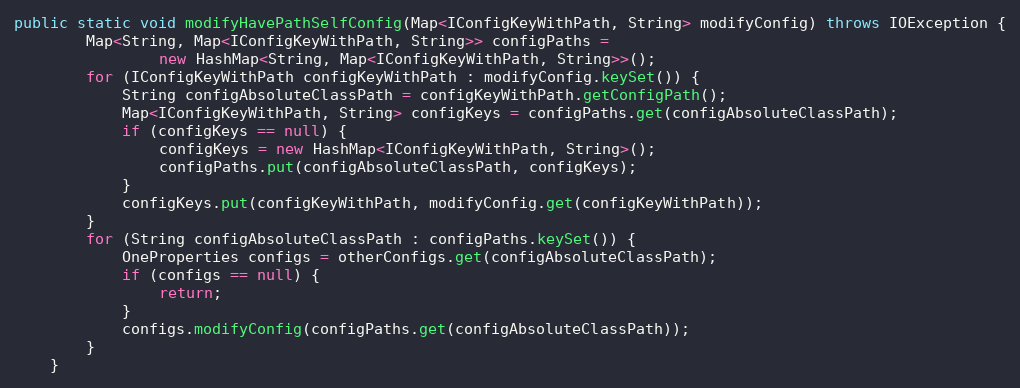
Language: Java
public static void modifyHavePathSelfConfig(Map<IConfigKeyWithPath, String> modifyConfig) throws IOException {
        Map<String, Map<IConfigKeyWithPath, String>> configPaths =
                new HashMap<String, Map<IConfigKeyWithPath, String>>();
        for (IConfigKeyWithPath configKeyWithPath : modifyConfig.keySet()) {
            String configAbsoluteClassPath = configKeyWithPath.getConfigPath();
            Map<IConfigKeyWithPath, String> configKeys = configPaths.get(configAbsoluteClassPath);
            if (configKeys == null) {
                configKeys = new HashMap<IConfigKeyWithPath, String>();
                configPaths.put(configAbsoluteClassPath, configKeys);
            }
            configKeys.put(configKeyWithPath, modifyConfig.get(configKeyWithPath));
        }
        for (String configAbsoluteClassPath : configPaths.keySet()) {
            OneProperties configs = otherConfigs.get(configAbsoluteClassPath);
            if (configs == null) {
                return;
            }
            configs.modifyConfig(configPaths.get(configAbsoluteClassPath));
        }
    }